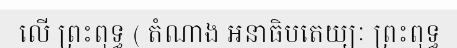
លើ ព្រះពុទ្ធ ( តំណាង អនាធិបតេយ្យៈ ព្រះពុទ្ធ